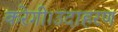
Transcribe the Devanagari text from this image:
करेगी।उदाहरण